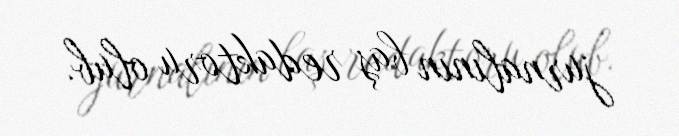
jurnalının baş redaktoru olub.